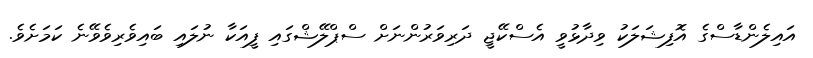
އައިލެންޑާސްގެ އޮފިޝަލަކު ވިދާޅުވީ އެސްކޭޖީ ދަރިވަރުންނަށް ސްޕްލޭޝްގައި ފީއަކާ ނުލައި ބައިވެރިވެވޭނެ ކަމަށެވެ.